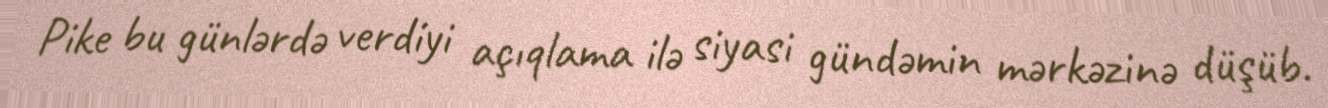
Pike bu günlərdə verdiyi açıqlama ilə siyasi gündəmin mərkəzinə düşüb.